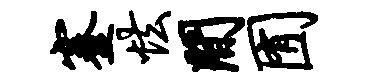
蹇怯间囿